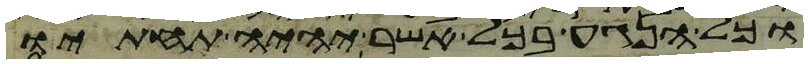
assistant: וכל הנגע בכל אשר יהיה תחתיו